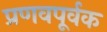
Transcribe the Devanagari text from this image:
प्रणवपूर्वक